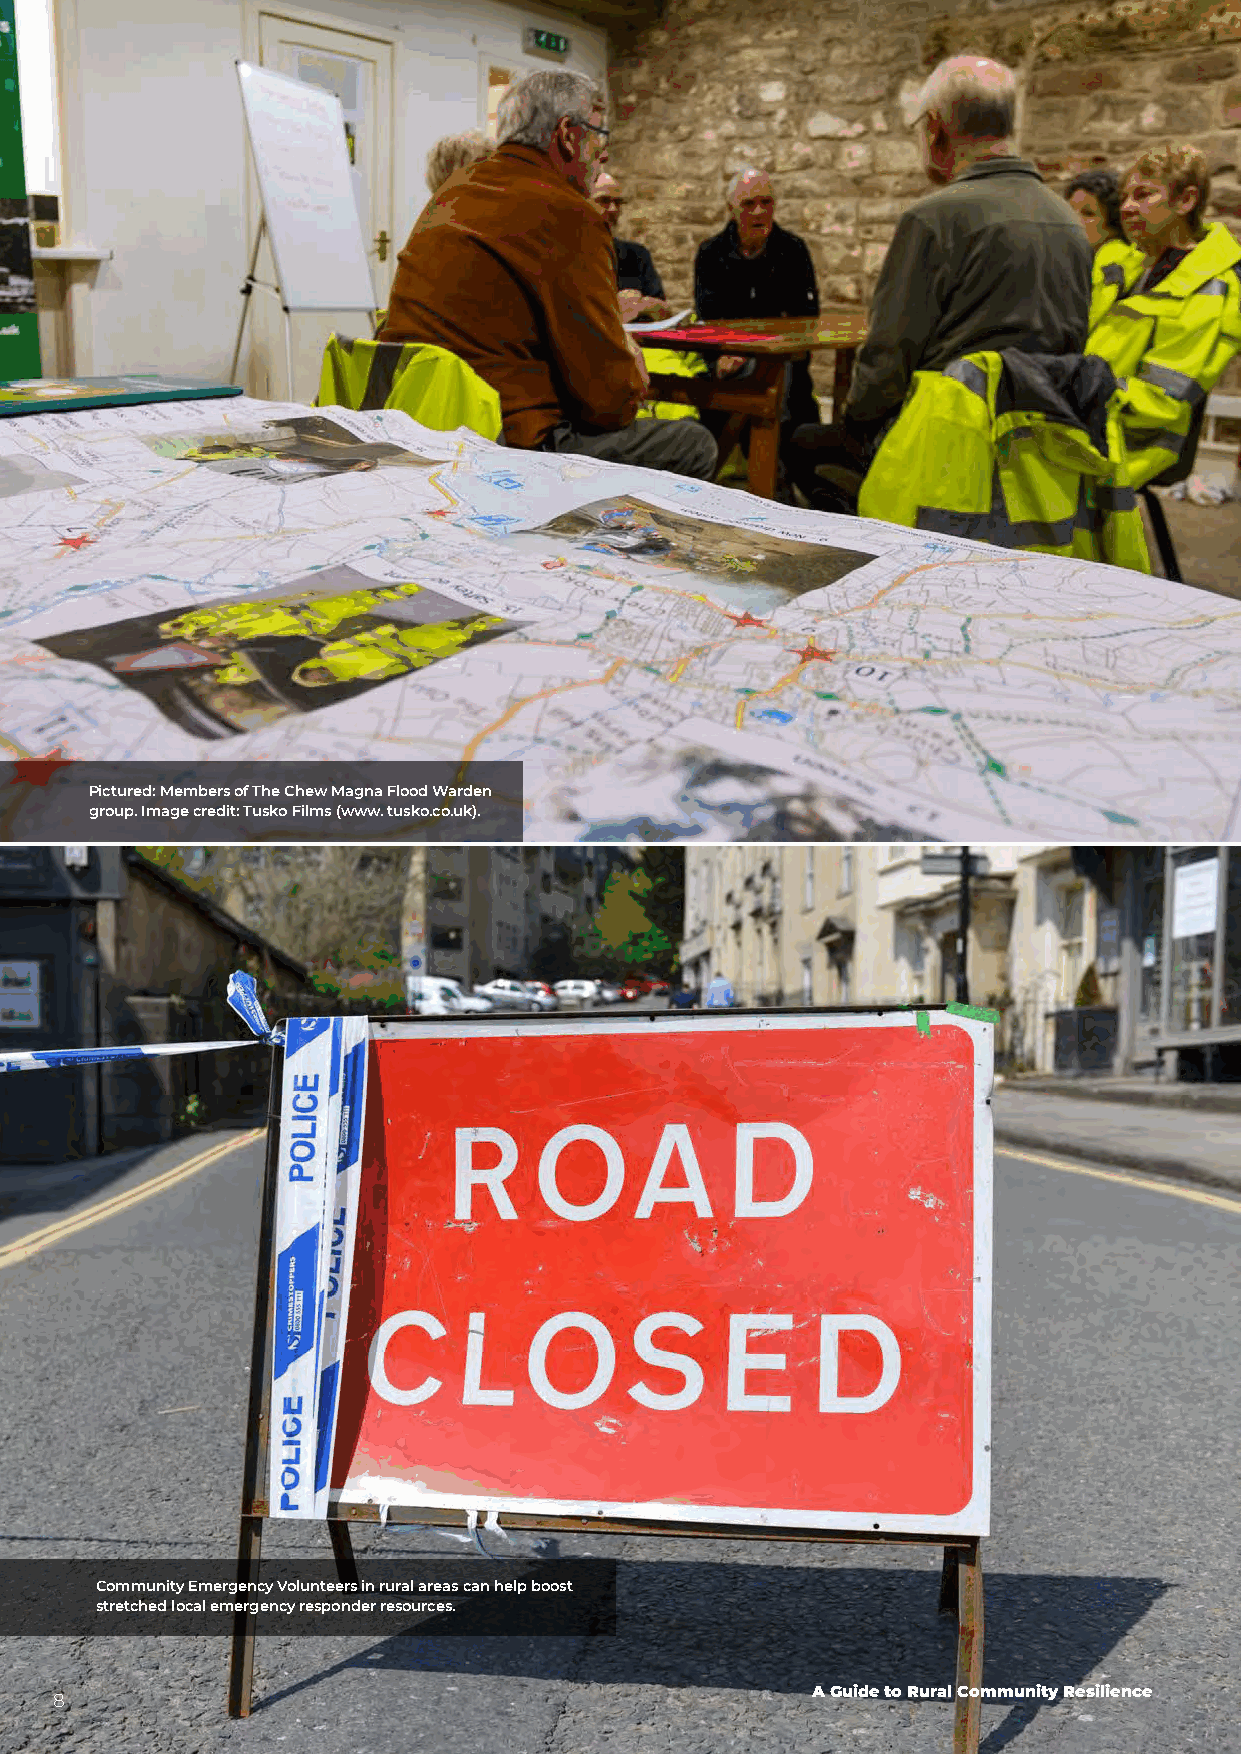
Pictured: Members of The Chew Magna Flood Warden
 group. Image credit: Tusko Films (www. tusko.co.uk).
 Community Emergency Volunteers in rural areas can help boost
 stretched local emergency responder resources.
 A Guide to Rural Community Resilience
 8